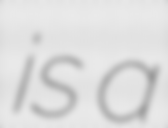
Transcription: is a